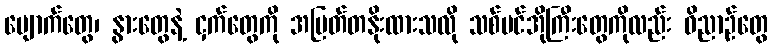
မျောက်တွေ၊ နွားတွေနဲ့ ငှက်တွေကို အမြတ်တနိုးထားသလို သစ်ပင်အိုကြီးတွေကိုလည်း ဝိညာဉ်တွေ